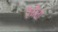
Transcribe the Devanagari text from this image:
रैचैता